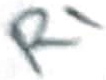
Text: R1